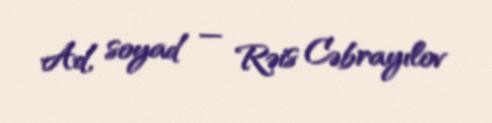
Ad, soyad — Rəis Cəbrayılov